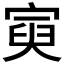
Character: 𡩟